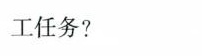
工任务?